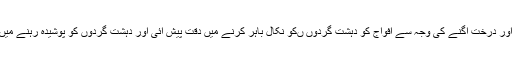
جھاڑیاں اور درخت اُگنے کی وجہ سے افواج کو دہشت گردوں ںکو نکال باہر کرنے میں دقت پیش آئی اور دہشت گردوں کو پوشیدہ رہنے میں مدد ملی۔